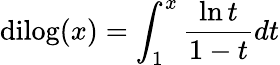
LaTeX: \mathrm{dilog}(x)=\int_{1}^{x}{\frac{\ln{t}}{1-t}}dt